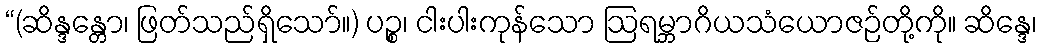
“(ဆိန္ဒန္တော၊ ဖြတ်သည်ရှိသော်။) ပဉ္စ၊ ငါးပါးကုန်သော ဩရမ္ဘာဂိယသံယောဇဉ်တို့ကို။ ဆိန္ဒေ၊